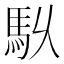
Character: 𮩶